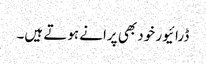
ڈرائیور خود بھی پرانے ہوتے ہیں۔